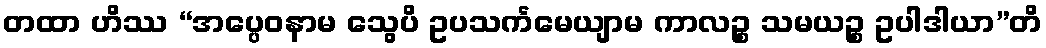
တထာ ဟိဿ “အပ္ပေဝနာမ သွေပိ ဥပသင်္ကမေယျာမ ကာလဉ္စ သမယဉ္စ ဥပါဒါယာ”တိ